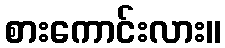
စားကောင်းလား။